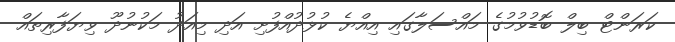
ކަރަންޓް ބިލް ބޮޑުވުމުގެ މައްސަލާގައި އިއްޔެ ކުޅުދުއްފުށި އަދި މިއަދު މަކުނުދޫ ވިޔަފާރިތައް